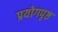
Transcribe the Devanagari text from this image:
प्रयोगपृष्ठ